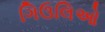
ગિઉલિઓ